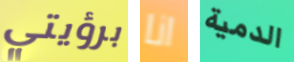
برؤيتي انا الدمية